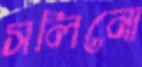
সলিনো